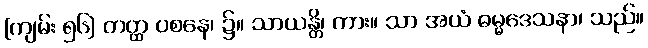
[ကျမ်း ၅၆] တတ္ထ ဝစနေ၊ ၌။ သာယန္တိ၊ ကား။ သာ အယံ ဓမ္မဒေသနာ၊ သည်။